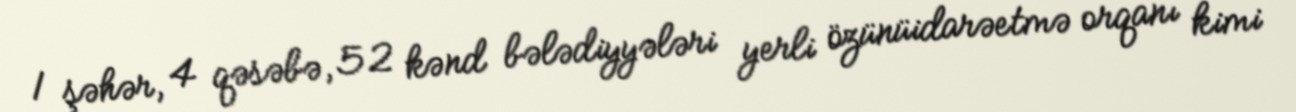
1 şəhər, 4 qəsəbə, 52 kənd bələdiyyələri yerli özünüidarəetmə orqanı kimi